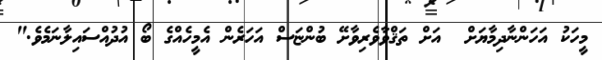
މީހަކު އަހަންނާދިމާޔަށް  އަށް ތަޤްވާވެރިވާށޭ ބުންޏަސް އަހަރެން އެމީހެއްގެ ބޯ އުދުއްސައިލާނަމެވެ."